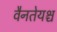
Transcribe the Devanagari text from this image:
वैनतेयश्च